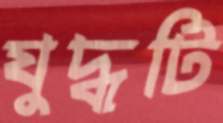
যুদ্ধটি